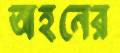
অহনের